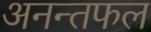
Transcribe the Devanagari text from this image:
अनन्तफल